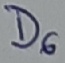
Text: D6